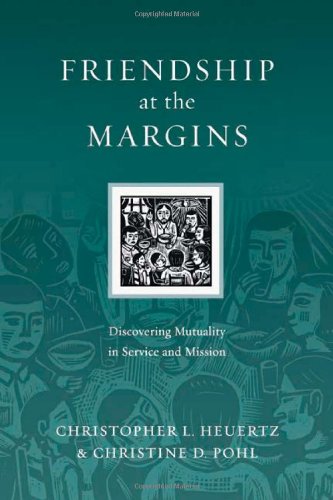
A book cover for Friendship at the Margins: Discovering Mutuality in Service and Mission (Resources for Reconciliation); Christopher L. Heuertz; Christian Books & Bibles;